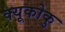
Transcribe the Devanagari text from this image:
क्यूकोकु